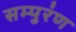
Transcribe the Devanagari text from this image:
सम्पुरंण